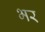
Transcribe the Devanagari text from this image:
भर